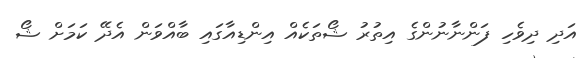
އަދި ދިވެހި ފަންނާނުންގެ އިތުރު ޝޯތަކެއް އިންޑިއާގައި ބާއްވަން އެދޭ ކަމަށް ޝޯ